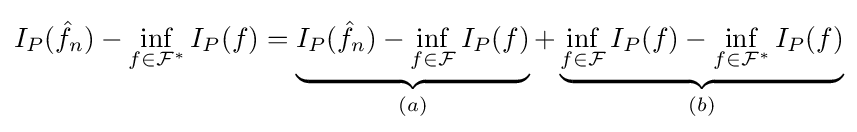
I_{P}({\hat {f}}_{n})-\inf _{f\in {\mathcal {F}}^{*}}I_{P}(f)=\underbrace {I_{P}({\hat {f}}_{n})-\inf _{f\in {\mathcal {F}}}I_{P}(f)} _{(a)}+\underbrace {\inf _{f\in {\mathcal {F}}}I_{P}(f)-\inf _{f\in {\mathcal {F}}^{*}}I_{P}(f)} _{(b)}